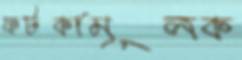
ফটকামূলক